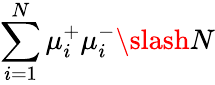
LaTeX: \sum_{i=1}^{N}\mu_{i}^{+}\mu_{i}^{-}\slash N